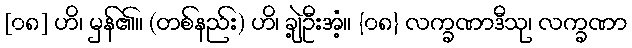
[၀၈] ဟိ၊ မှန်၏။ (တစ်နည်း) ဟိ၊ ချဲ့ဦးအံ့။ {၀၈} လက္ခဏာဒီသု၊ လက္ခဏာ